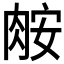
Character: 𦛅